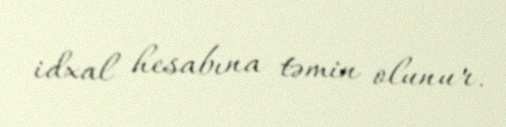
idxal hesabına təmin olunur.